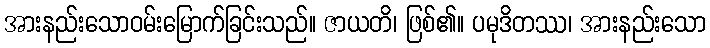
အားနည်းသောဝမ်းမြောက်ခြင်းသည်။ ဇာယတိ၊ ဖြစ်၏။ ပမုဒိတဿ၊ အားနည်းသော